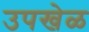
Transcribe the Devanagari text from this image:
उपखेळ